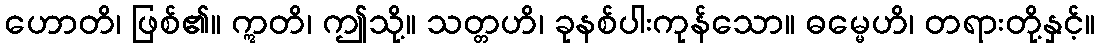
ဟောတိ၊ ဖြစ်၏။ ဣတိ၊ ဤသို့။ သတ္တဟိ၊ ခုနစ်ပါးကုန်သော။ ဓမ္မေဟိ၊ တရားတို့နှင့်။